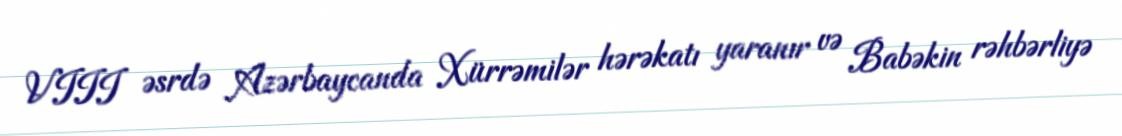
VIII əsrdə Azərbaycanda Xürrəmilər hərəkatı yaranır və Babəkin rəhbərliyə